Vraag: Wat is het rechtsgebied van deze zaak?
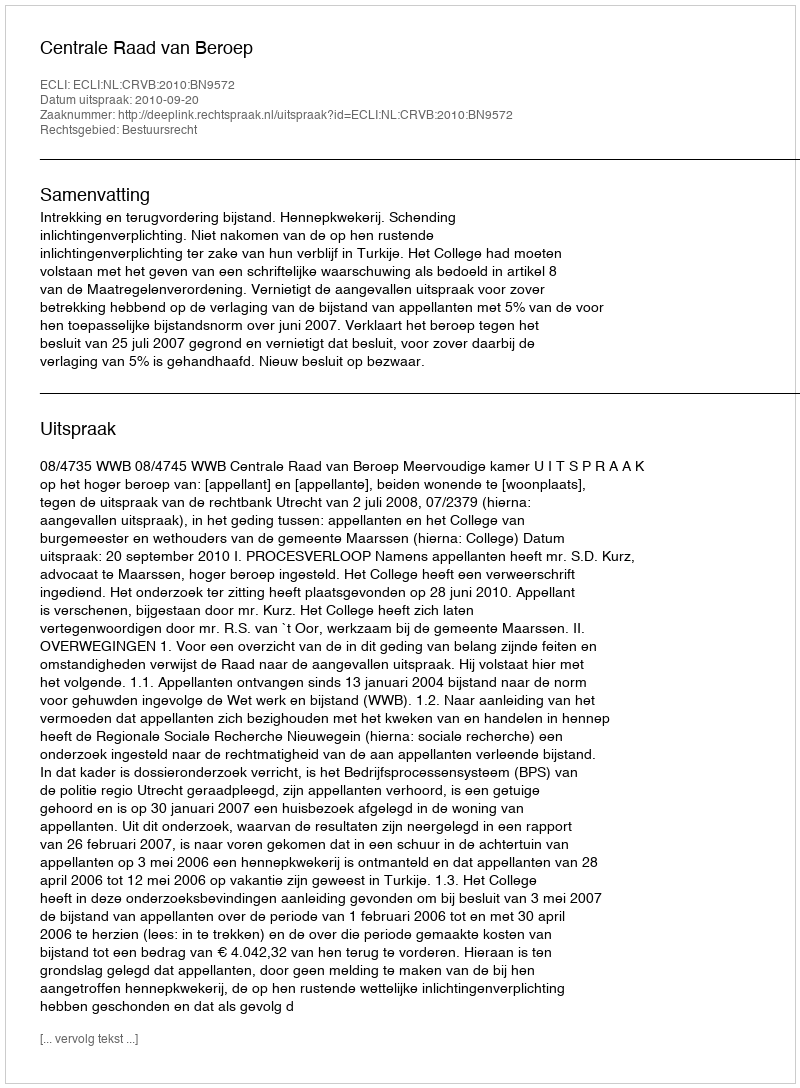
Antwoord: Bestuursrecht